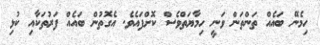
ހިމެނޭ ބައެއް ތަންތަން ވަނީ ހިމާޔަތްވެސް ކޮށްފައެވެ. އެގޮތުން ބައެއް ފަރުތަކާއި ކުޅި